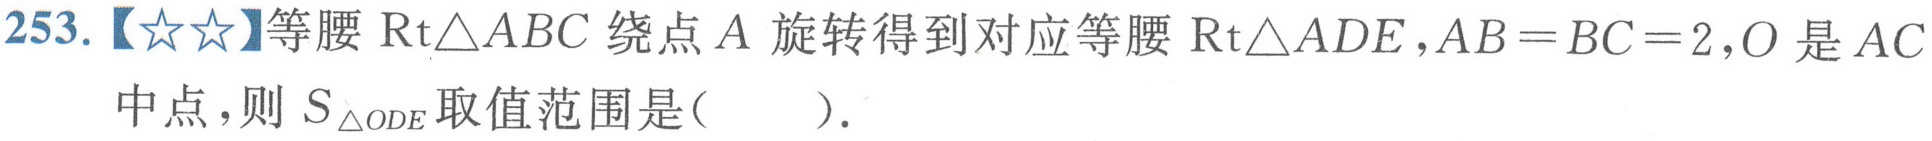
253.【★★】等腰$\text{Rt}\triangle ABC$绕点$A$旋转得到对应等腰$\text{Rt}\triangle ADE$,$AB = BC = 2$,$O$是$AC$中点，则$S_{\triangle ODE}$取值范围是( ).